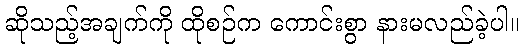
ဆိုသည့်အချက်ကို ထိုစဉ်က ကောင်းစွာ နားမလည်ခဲ့ပါ။